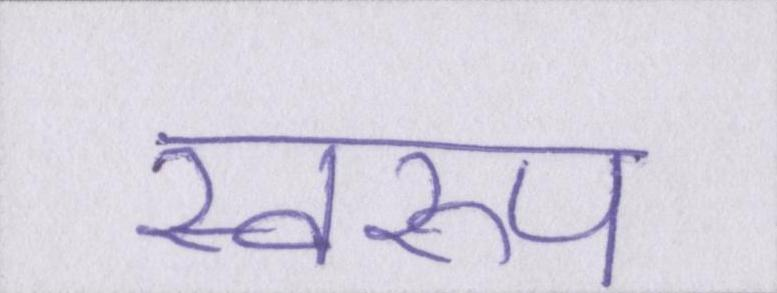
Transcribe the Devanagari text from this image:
स्वरूप